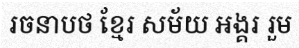
រចនាបថ ខ្មែរ សម័យ អង្គរ រួម